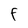
Character: F